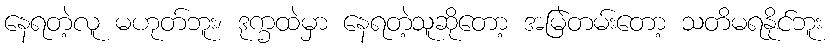
နေရတဲ့လူ မဟုတ်ဘူး၊ ဒုက္ခထဲမှာ နေရတဲ့သူဆိုတော့ အမြဲတမ်းတော့ သတိမရနိုင်ဘူး